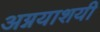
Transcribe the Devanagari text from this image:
अग्नयाशयी